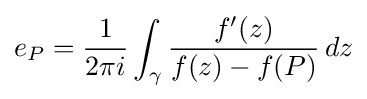
e_{P}={\frac {1}{2\pi i}}\int _{\gamma }{\frac {f'(z)}{f(z)-f(P)}}\,dz